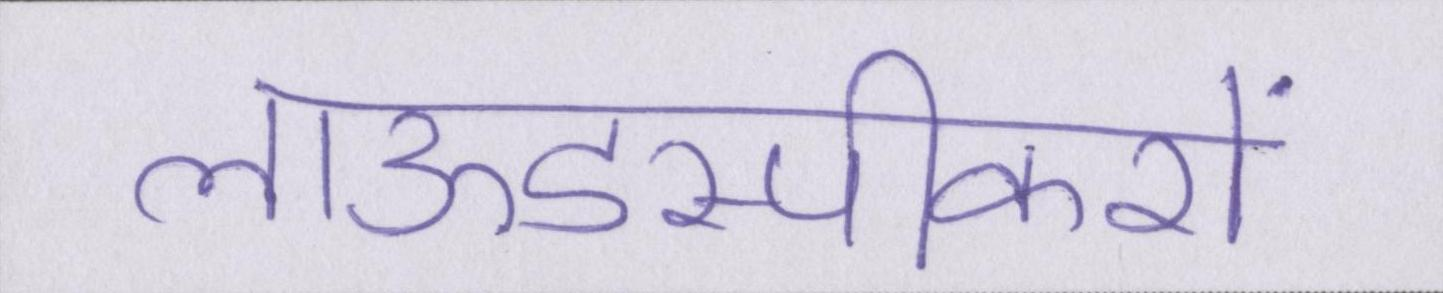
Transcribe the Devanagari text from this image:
लाऊडस्पीकरों